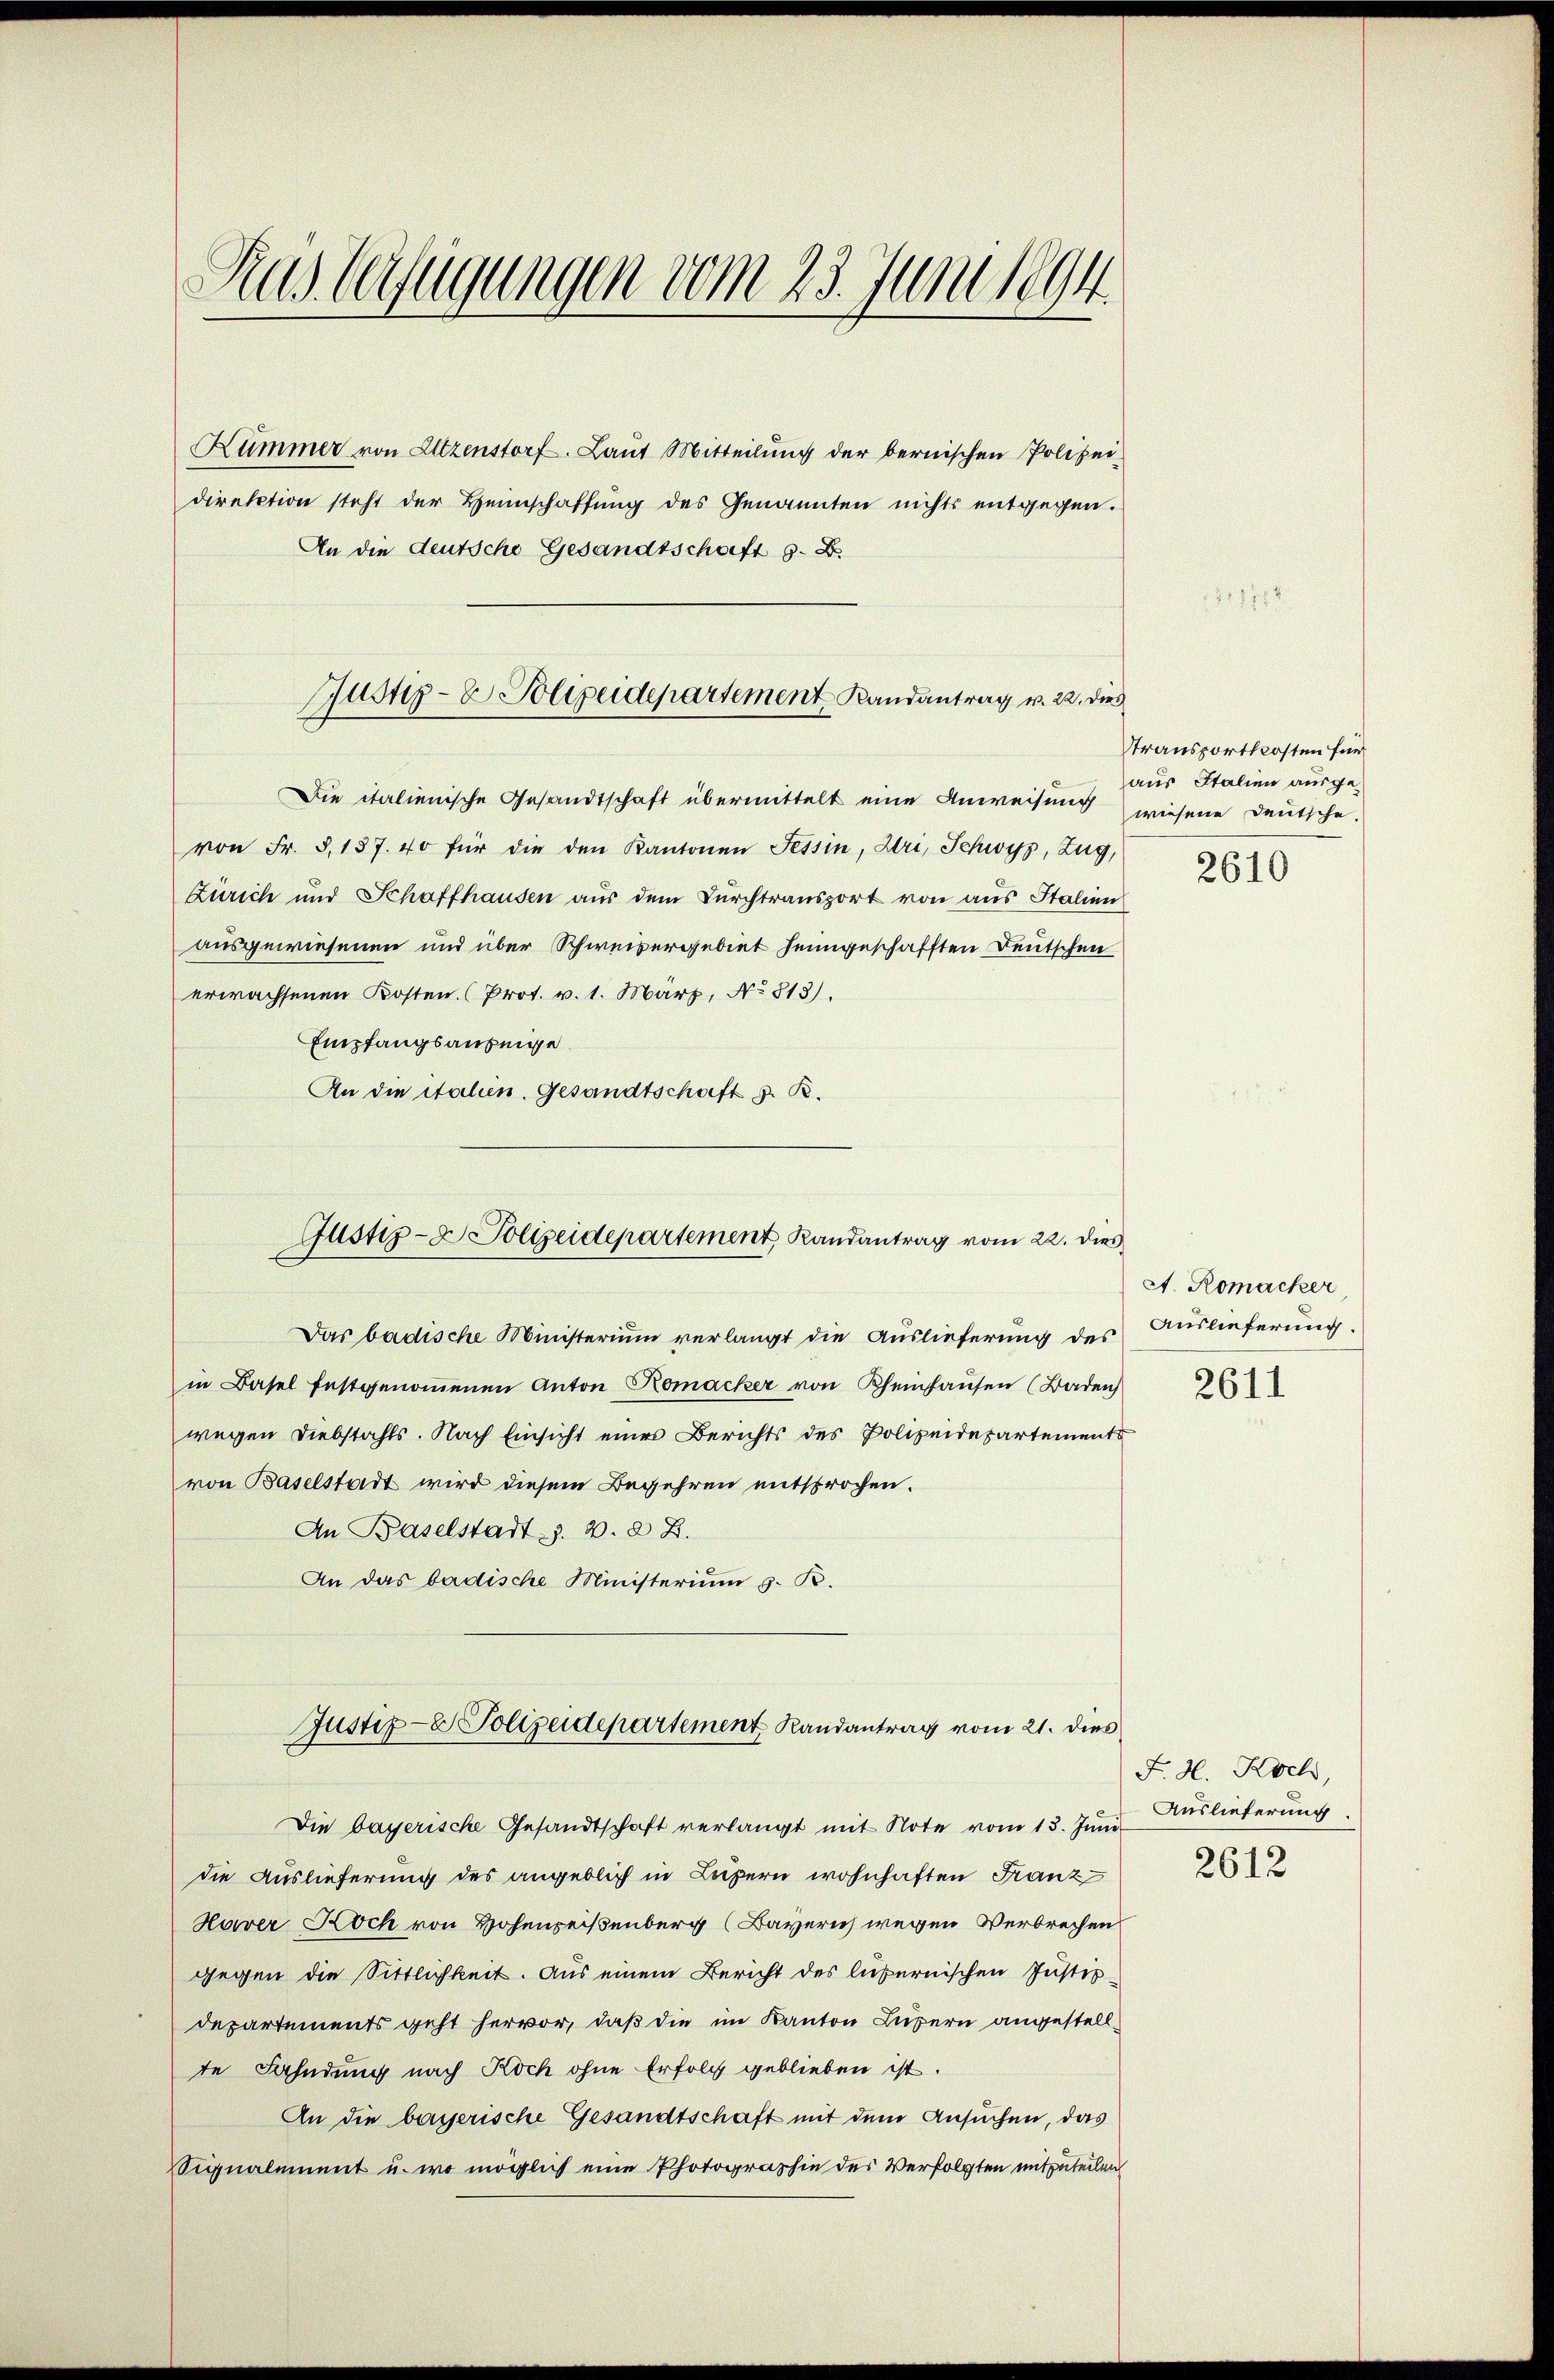
Rus Verfügungen vom 23. Juni 1894

Kümmer von Altzenstorf. Laut Mitteilung der bernischen Polizei-
direktion steht der Heimschaffung des Genannten nichts entgegen.
An die deutsche Gesandtschaft s. B.

Justiz- & Polizeidepartement Randantrag v. 22. dies

Die italienische Gesandtschaft übermittelt eine Anweisung wiesene Deutsche
von Fr. 8, 187. 40 für die den Kantonen Tessin, Uri, Schwyz, Zug,
Zürich und Schaffhausen aus dem Durchtransport von aus Italien
ausgewiesenen und über Schweisergebiet heimgeschafften Deutschen
erwachsenen Kosten. (Prot. v. 1. März, No 813).
Empfangsauseige
An die italien. Gesandtschaft z. B.
Das badische Ministerium verlangt die Auslieferung des
in Basel festgenoṁenen Anton Komacker von Rheinhausen (Baden
wegen Diebstahls. Nach Einsicht eines Berichts des Polizeidepartements
von Baselstadt wird diesem Begehren entsprochen.
An Baselstadts. v. 22.
An das badische Ministerium z. R.
Justiz- & Polizeidepartement Randantrag vom 21. dies
Die bayerische Gesandtschaft verlangt mit Note vom 13. Juni
die Auslieferung des angeblich in Luzern wohnhaften Franz
Haver Koch von Hohenreißenberg (Bayeris wegen Verbrechen
gegen die Sittlichkeit. Aus einem Bericht des lubernischen Justiz-
departements geht hervor, daß die im Kanton Luzern angestellte Fahndung nach Koch ohne Erfolg geblieben ist.
An die bayerische Gesandtschaft mit dem Ansuchen, das
Signalement u. wo möglich eine Photographie des Verfolgten mitzuteilen

Justiz- & Polizeidepartement Randantrag vom 22. dies

Stransportkosten für
aus Italien ausge¬

2610

A. Romacker
Auslieferung.

2611

F. H. Koch,
Auslieferung
2612